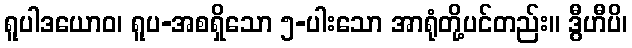
ရူပါဒယောဝ၊ ရူပ-အစရှိသော ၅-ပါးသော အာရုံတို့ပင်တည်း။ ဒွီဟီပိ၊